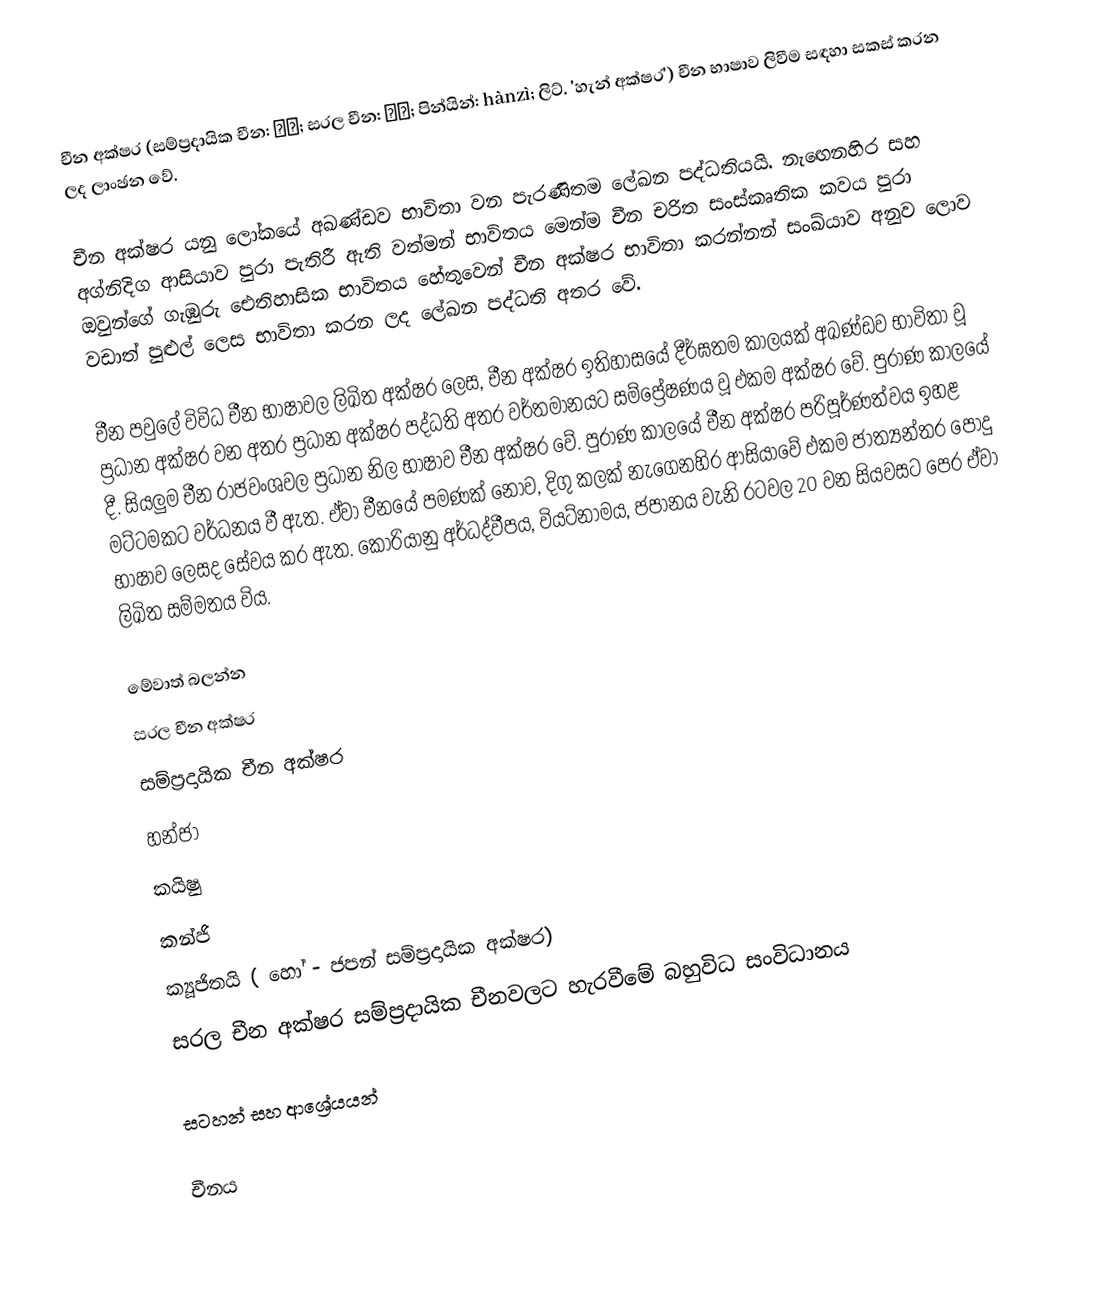
චීන අක්ෂර (සම්ප්‍රදායික චීන: 漢字; සරල චීන: 汉字; පින්යින්: hànzì; ලිට්. 'හැන් අක්ෂර') චීන භාෂාව ලිවීම සඳහා සකස් කරන ලද ලාංඡන වේ.

චීන අක්ෂර යනු ලෝකයේ අඛණ්ඩව භාවිතා වන පැරණිතම ලේඛන පද්ධතියයි. නැඟෙනහිර සහ අග්නිදිග ආසියාව පුරා පැතිරී ඇති වත්මන් භාවිතය මෙන්ම චීන චරිත සංස්කෘතික කවය පුරා ඔවුන්ගේ ගැඹුරු ඓතිහාසික භාවිතය හේතුවෙන් චීන අක්ෂර භාවිතා කරන්නන් සංඛ්යාව අනුව ලොව වඩාත් පුළුල් ලෙස භාවිතා කරන ලද ලේඛන පද්ධති අතර වේ.

චීන පවුලේ විවිධ චීන භාෂාවල ලිඛිත අක්ෂර ලෙස, චීන අක්ෂර ඉතිහාසයේ දීර්ඝතම කාලයක් අඛණ්ඩව භාවිතා වූ ප්‍රධාන අක්ෂර වන අතර ප්‍රධාන අක්ෂර පද්ධති අතර වර්තමානයට සම්ප්‍රේෂණය වූ එකම අක්ෂර වේ. පුරාණ කාලයේ දී. සියලුම චීන රාජවංශවල ප්‍රධාන නිල භාෂාව චීන අක්ෂර වේ. පුරාණ කාලයේ චීන අක්ෂර පරිපූර්ණත්වය ඉහළ මට්ටමකට වර්ධනය වී ඇත. ඒවා චීනයේ පමණක් නොව, දිගු කලක් නැගෙනහිර ආසියාවේ එකම ජාත්‍යන්තර පොදු භාෂාව ලෙසද සේවය කර ඇත. කොරියානු අර්ධද්වීපය, වියට්නාමය, ජපානය වැනි රටවල 20 වන සියවසට පෙර ඒවා ලිඛිත සම්මතය විය.

මේවාත් බලන්න
සරල චීන අක්ෂර
සම්ප්‍රදායික චීන අක්ෂර
හන්ජා
කයිෂු
කන්ජි
ක්‍යූජිතයි ( හෝ  - ජපන් සම්ප්‍රදායික අක්ෂර)
සරල චීන අක්ෂර සම්ප්‍රදායික චීනවලට හැරවීමේ බහුවිධ සංවිධානය

සටහන් සහ ආශ්‍රේයයන්

චීනය